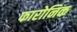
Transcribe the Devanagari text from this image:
फारोनिक